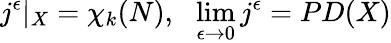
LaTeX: j^{\epsilon}|_{X}=\chi_{k}(N),\ \ \operatorname*{lim}_{\epsilon\rightarrow 0}j^{\epsilon}=PD(X)